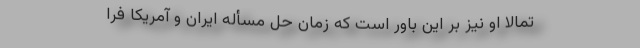
تمالاً او نیز بر این باور است که زمان حل مسأله ایران و آمریکا فرا